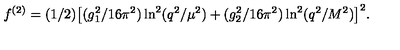
f ^ { ( 2 ) } = ( 1 / 2 ) \big [ ( g _ { 1 } ^ { 2 } / 1 6 \pi ^ { 2 } ) \ln ^ { 2 } ( q ^ { 2 } / \mu ^ { 2 } ) + ( g _ { 2 } ^ { 2 } / 1 6 \pi ^ { 2 } ) \ln ^ { 2 } ( q ^ { 2 } / M ^ { 2 } ) \big ] ^ { 2 } .